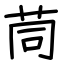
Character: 茼